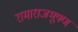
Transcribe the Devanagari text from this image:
रामाराजभूषण